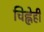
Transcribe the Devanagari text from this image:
चिह्नेही